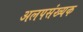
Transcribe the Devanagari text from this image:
अलपसंख्यक